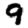
Digit: 9